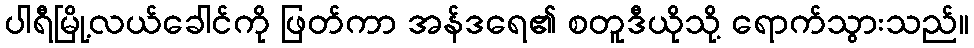
ပါရီမြို့လယ်ခေါင်ကို ဖြတ်ကာ အန်ဒရေ၏ စတူဒီယိုသို့ ရောက်သွားသည်။